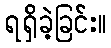
ရရှိခဲ့ခြင်း။